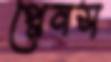
প্লেনস